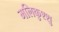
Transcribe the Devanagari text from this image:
मलिकुश्शु